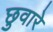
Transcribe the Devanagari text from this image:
छुवारे